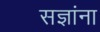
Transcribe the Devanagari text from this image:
सज्ञांना